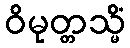
ဝိမုတ္တသ္မိံ